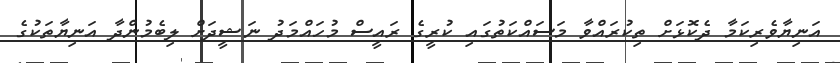
އަނިޔާވެރިކަމާ ދެކޮޅަށް ތިކުރައްވާ މަސައްކަތުގައި ކުރީގެ ރައީސް މުހައްމަދު ނަޝީދަށް ލިބެމުންދާ އަނިޔާތަކުގެ